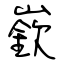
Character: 嶔